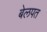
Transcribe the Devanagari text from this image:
बेलपत